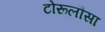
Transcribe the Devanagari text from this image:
टोरूलौसा